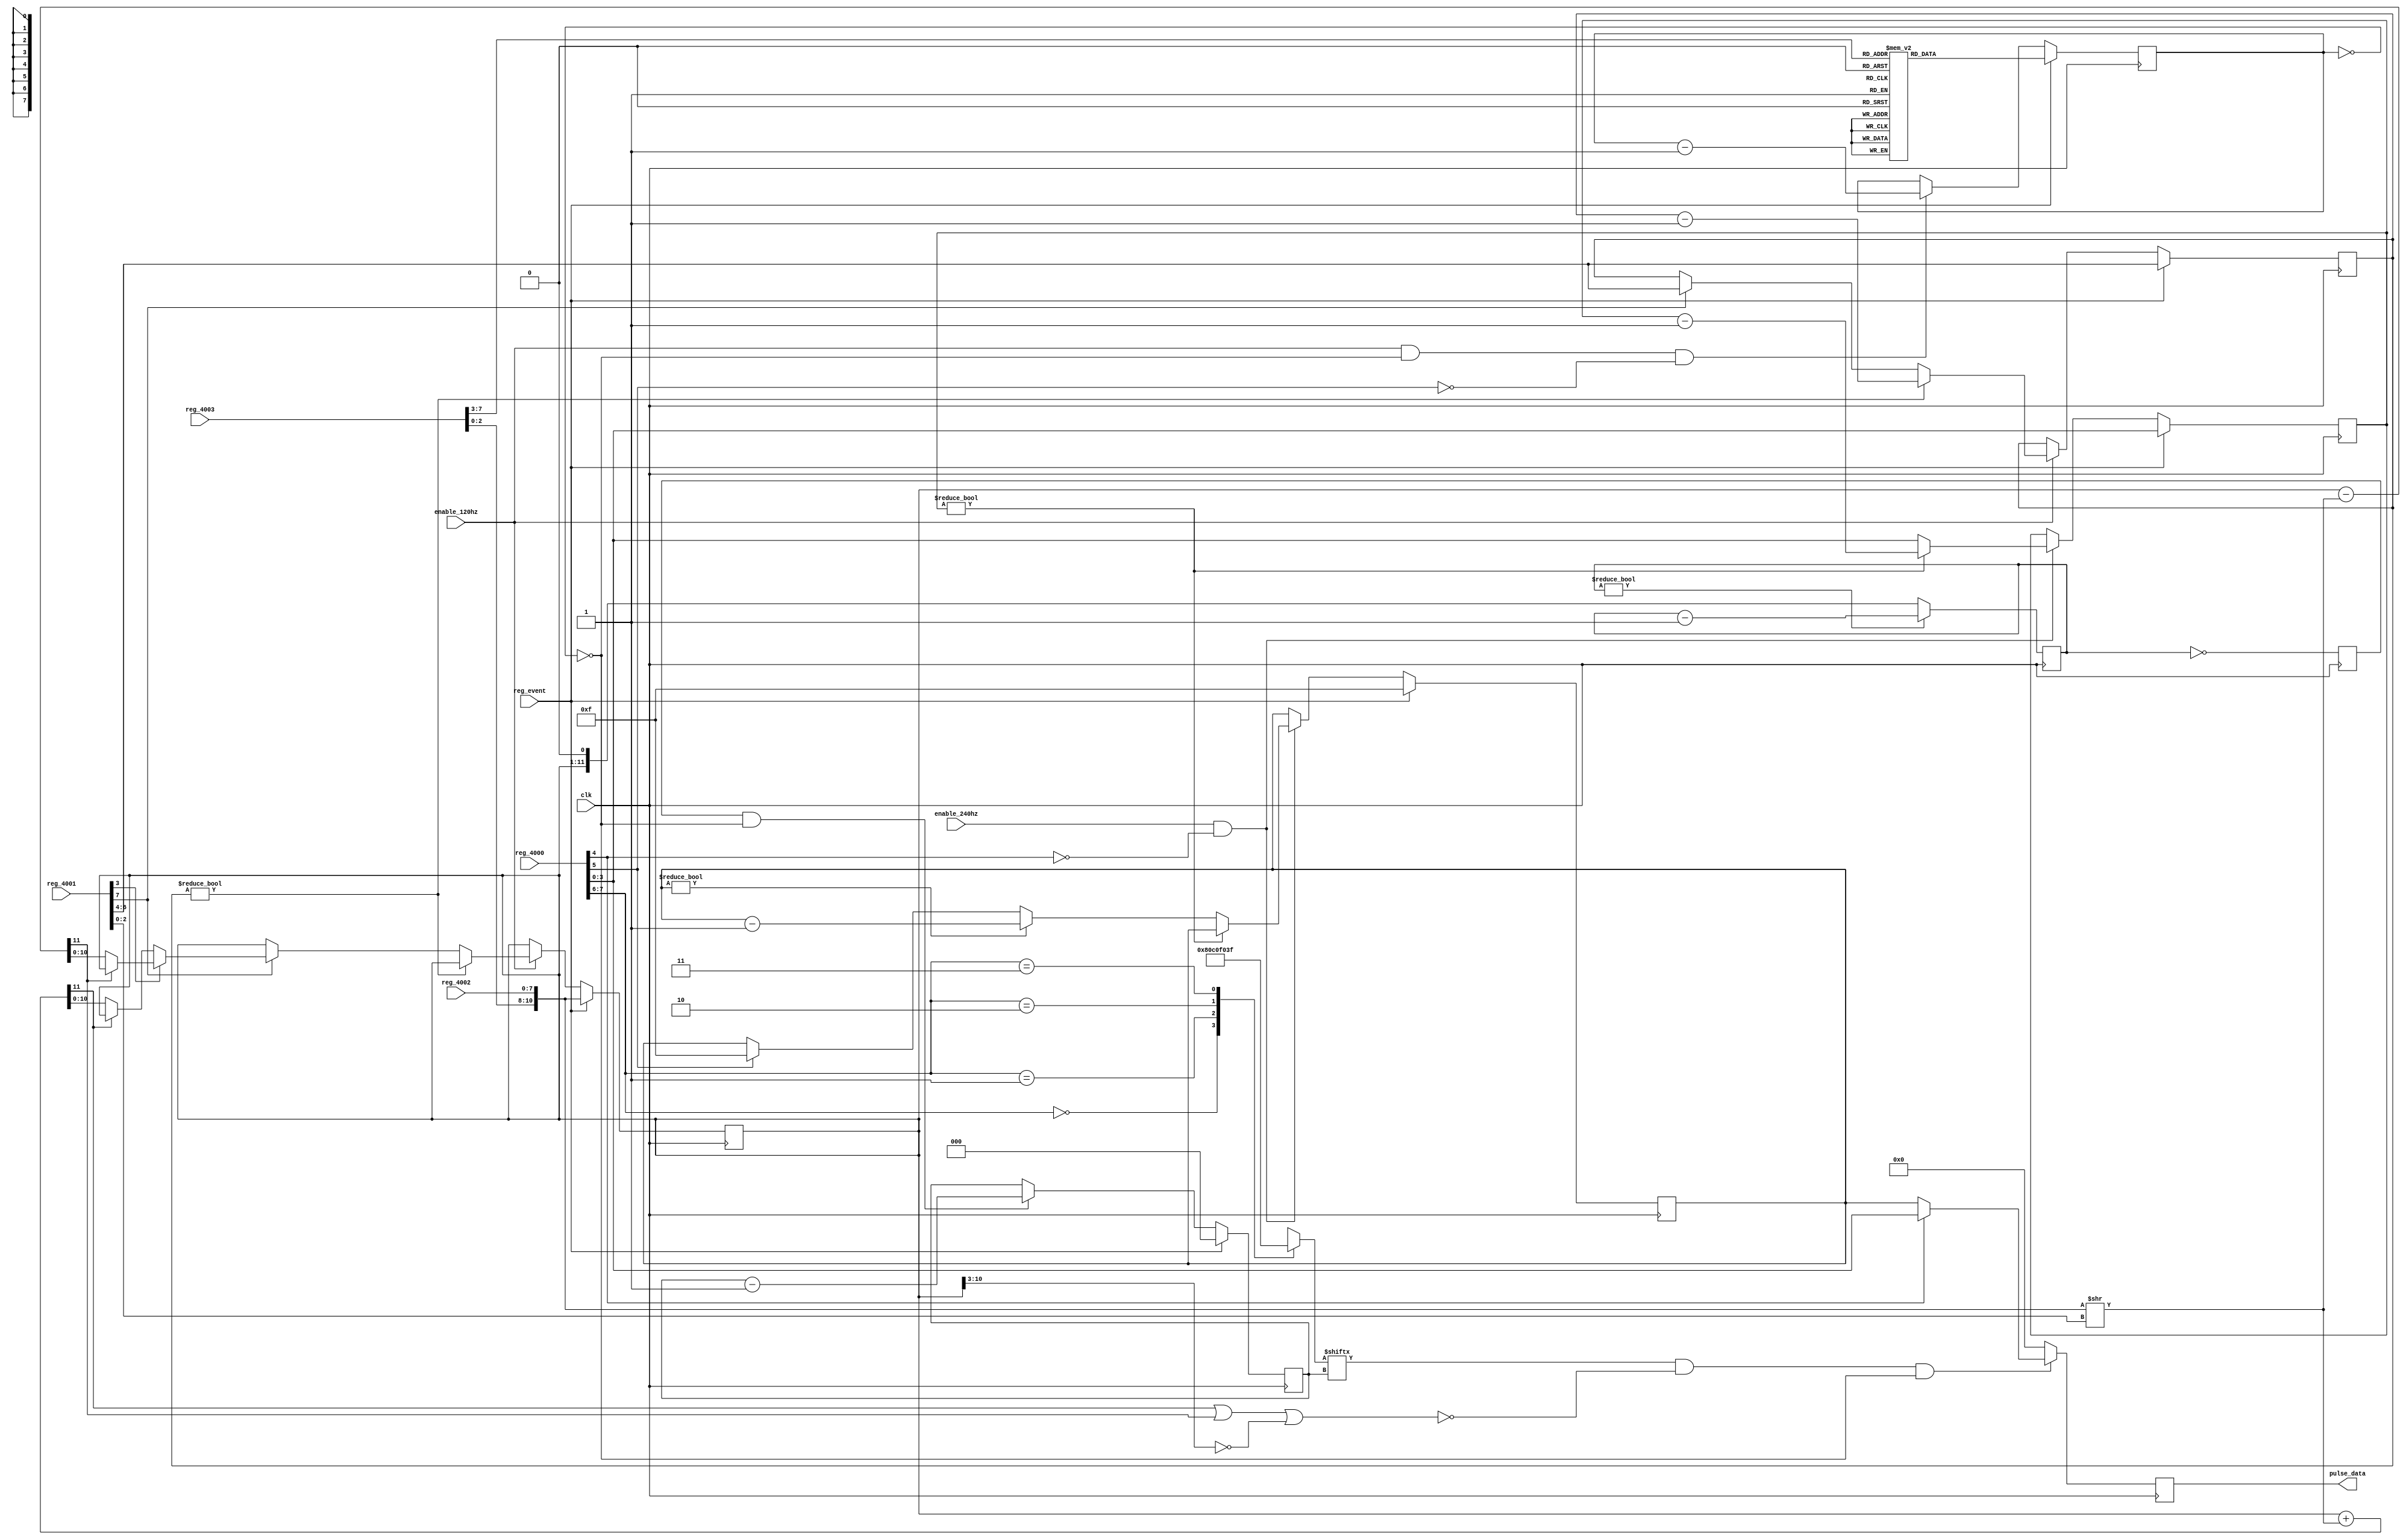
// Title:   Rectangular pulse generator
// URL:     https://github.com/wallieeverest/tt04
// License: Apache 2.0
//
// Description: (from apu_ref.txt and nesdev.org)
// --------------
// Square Channel
// --------------
//                  Sweep -----> Timer
//                    |            |
//                    |            v
//                    |        Sequencer   Length Counter
//                    |            |             |
//                    v            v             v
// Envelope -------> Gate -----> Gate -------> Gate --->(to mixer)
//
// To do:
//   1.) When looping, after reaching 0 the envelope will restart at volume 15 at its next period.
//   2.) preset_decrement should be 1's compliment for CH1

`default_nettype none

module square (
  input wire       clk,
  input wire       enable_240hz,
  input wire       enable_120hz,
  input wire [7:0] reg_4000,
  input wire [7:0] reg_4001,
  input wire [7:0] reg_4002,
  input wire [7:0] reg_4003,
  input wire       reg_event,
  output reg [3:0] pulse_data
);

  // Input assignments
  wire [ 3:0] decay_rate      = reg_4000[3:0];  // volume / decay rate
  wire        decay_halt      = reg_4000[4];
  wire        length_halt     = reg_4000[5];  // length disable / decay looping enable
  wire [ 1:0] duty_cycle_type = reg_4000[7:6];
  wire [ 2:0] sweep_shift     = reg_4001[2:0];
  wire        sweep_decrement = reg_4001[3];
  wire [ 2:0] sweep_rate      = reg_4001[6:4];
  wire        sweep_enable    = reg_4001[7];
  wire [10:0] timer_preset    = {reg_4003[2:0], reg_4002};
  wire [ 4:0] length_select   = reg_4003[7:3];

  reg [ 2:0] index;
  reg [ 2:0] sweep_counter;
  reg [ 3:0] decay_counter;
  reg [ 3:0] envelope_counter;
  reg [ 7:0] length_counter;
  reg [11:0] timer;
  reg [10:0] timer_load;
  reg        timer_event;

  reg [ 7:0] duty_cycle_pattern;
  reg [ 7:0] length_preset;

  wire [11:0] preset_decrement = {1'b0, timer_load} - ({1'b0, timer_preset} >> sweep_shift);
  wire [11:0] preset_increment = {1'b0, timer_load} + ({1'b0, timer_preset} >> sweep_shift);
  wire [ 3:0] volume = decay_halt ? decay_rate : envelope_counter;
  wire length_count_zero = ( length_counter == 0 );
  wire mute = ( preset_increment[11] || preset_decrement[11] || (timer_load[10:3] == 0) );

  // Length counter
  always @( posedge clk ) begin : square_length_counter
    if ( reg_event )
      length_counter <= length_preset;
    else if ( enable_120hz && !length_count_zero && !length_halt )
      length_counter <= length_counter - 1;
  end

  always @* begin : square_length_lookup
    case ( length_select )
       0: length_preset = 8'h0A;
       1: length_preset = 8'hFE;
       2: length_preset = 8'h14;
       3: length_preset = 8'h02;
       4: length_preset = 8'h28;
       5: length_preset = 8'h04;
       6: length_preset = 8'h50;
       7: length_preset = 8'h06;
       8: length_preset = 8'hA0;
       9: length_preset = 8'h08;
      10: length_preset = 8'h3C;
      11: length_preset = 8'h0A;
      12: length_preset = 8'h0E;
      13: length_preset = 8'h0C;
      14: length_preset = 8'h1A;
      15: length_preset = 8'h0E;
      16: length_preset = 8'h0C;
      17: length_preset = 8'h10;
      18: length_preset = 8'h18;
      19: length_preset = 8'h12;
      20: length_preset = 8'h30;
      21: length_preset = 8'h14;
      22: length_preset = 8'h60;
      23: length_preset = 8'h16;
      24: length_preset = 8'hC0;
      25: length_preset = 8'h18;
      26: length_preset = 8'h48;
      27: length_preset = 8'h1A;
      28: length_preset = 8'h10;
      29: length_preset = 8'h1C;
      30: length_preset = 8'h20;
      31: length_preset = 8'h1E;
    endcase
  end

  // Envelope unit
  always @( posedge clk ) begin : square_envelope_counter
    if ( reg_event ) begin
      decay_counter <= decay_rate;
      envelope_counter <= ~0;
    end else begin
      if ( enable_240hz && !decay_halt ) begin
        if ( decay_counter != 0 )
          decay_counter <= decay_counter - 1;
        else begin
          decay_counter <= decay_rate;
          if ( envelope_counter != 0 )
            envelope_counter <= envelope_counter - 1;
          else if ( length_halt )  // enable decay looping
            envelope_counter <= ~0;
        end
      end
    end
  end

  // Sweep unit
  always @( posedge clk ) begin : square_sweep_counter
    if ( reg_event ) begin  // DEBUG: The reg_event condition is not confirmed
      sweep_counter <= sweep_rate;
      timer_load <= timer_preset;
    end else begin
      if ( enable_120hz ) begin
        if ( sweep_counter != 0 ) begin
          sweep_counter <= sweep_counter - 1;
        end else begin
          if ( sweep_enable ) begin
            sweep_counter <= sweep_rate;
            if ( sweep_decrement ) begin  // sweep up to higher frequencies
              if ( !preset_decrement[11] )  // check undeflow
                timer_load <= preset_decrement[10:0];
            end else begin // sweep down to lower frequencies
              if ( !preset_increment[11] )  // check overflow
                timer_load <= preset_increment[10:0];
            end
          end
        end
      end
    end
  end

  // Timer, ticks at 1.79 MHz / 2
  always @( posedge clk ) begin : square_timer  // originally at 1.79 MHz
    timer_event <= ( timer == 0 );

    if ( timer != 0 )
      timer <= timer - 1;
    else
      timer <= {timer_load, 1'b0};  // double the timer period
  end

  // Duty cycle
  always @( posedge clk ) begin : square_duty_cycle
    if ( reg_event )
      index <= 0;
    else if ( timer_event && !length_count_zero )
      index <= index - 1;

    if ( duty_cycle_pattern[index] && !mute && !length_count_zero)
      pulse_data <= volume;
    else
      pulse_data <= 0;
  end

  always @* begin : square_duty_cycle_lookup
    case ( duty_cycle_type )
      0: duty_cycle_pattern = 8'b10000000;
      1: duty_cycle_pattern = 8'b11000000;
      2: duty_cycle_pattern = 8'b11110000;
      3: duty_cycle_pattern = 8'b00111111;
    endcase
  end

endmodule